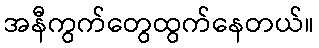
အနီကွက်တွေထွက်နေတယ်။